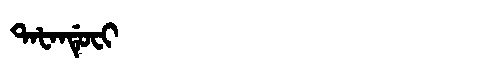
Manchu: ᡨᠠᡶᠠᠨᡩᡠᠸᡳ
Romanization: TAFANDUFI